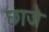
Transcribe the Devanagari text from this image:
छाजे